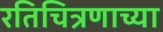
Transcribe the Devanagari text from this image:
रतिचित्रणाच्या